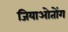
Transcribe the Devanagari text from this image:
जियाओतोंग